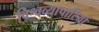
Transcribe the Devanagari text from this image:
विश्वव्यापारियों